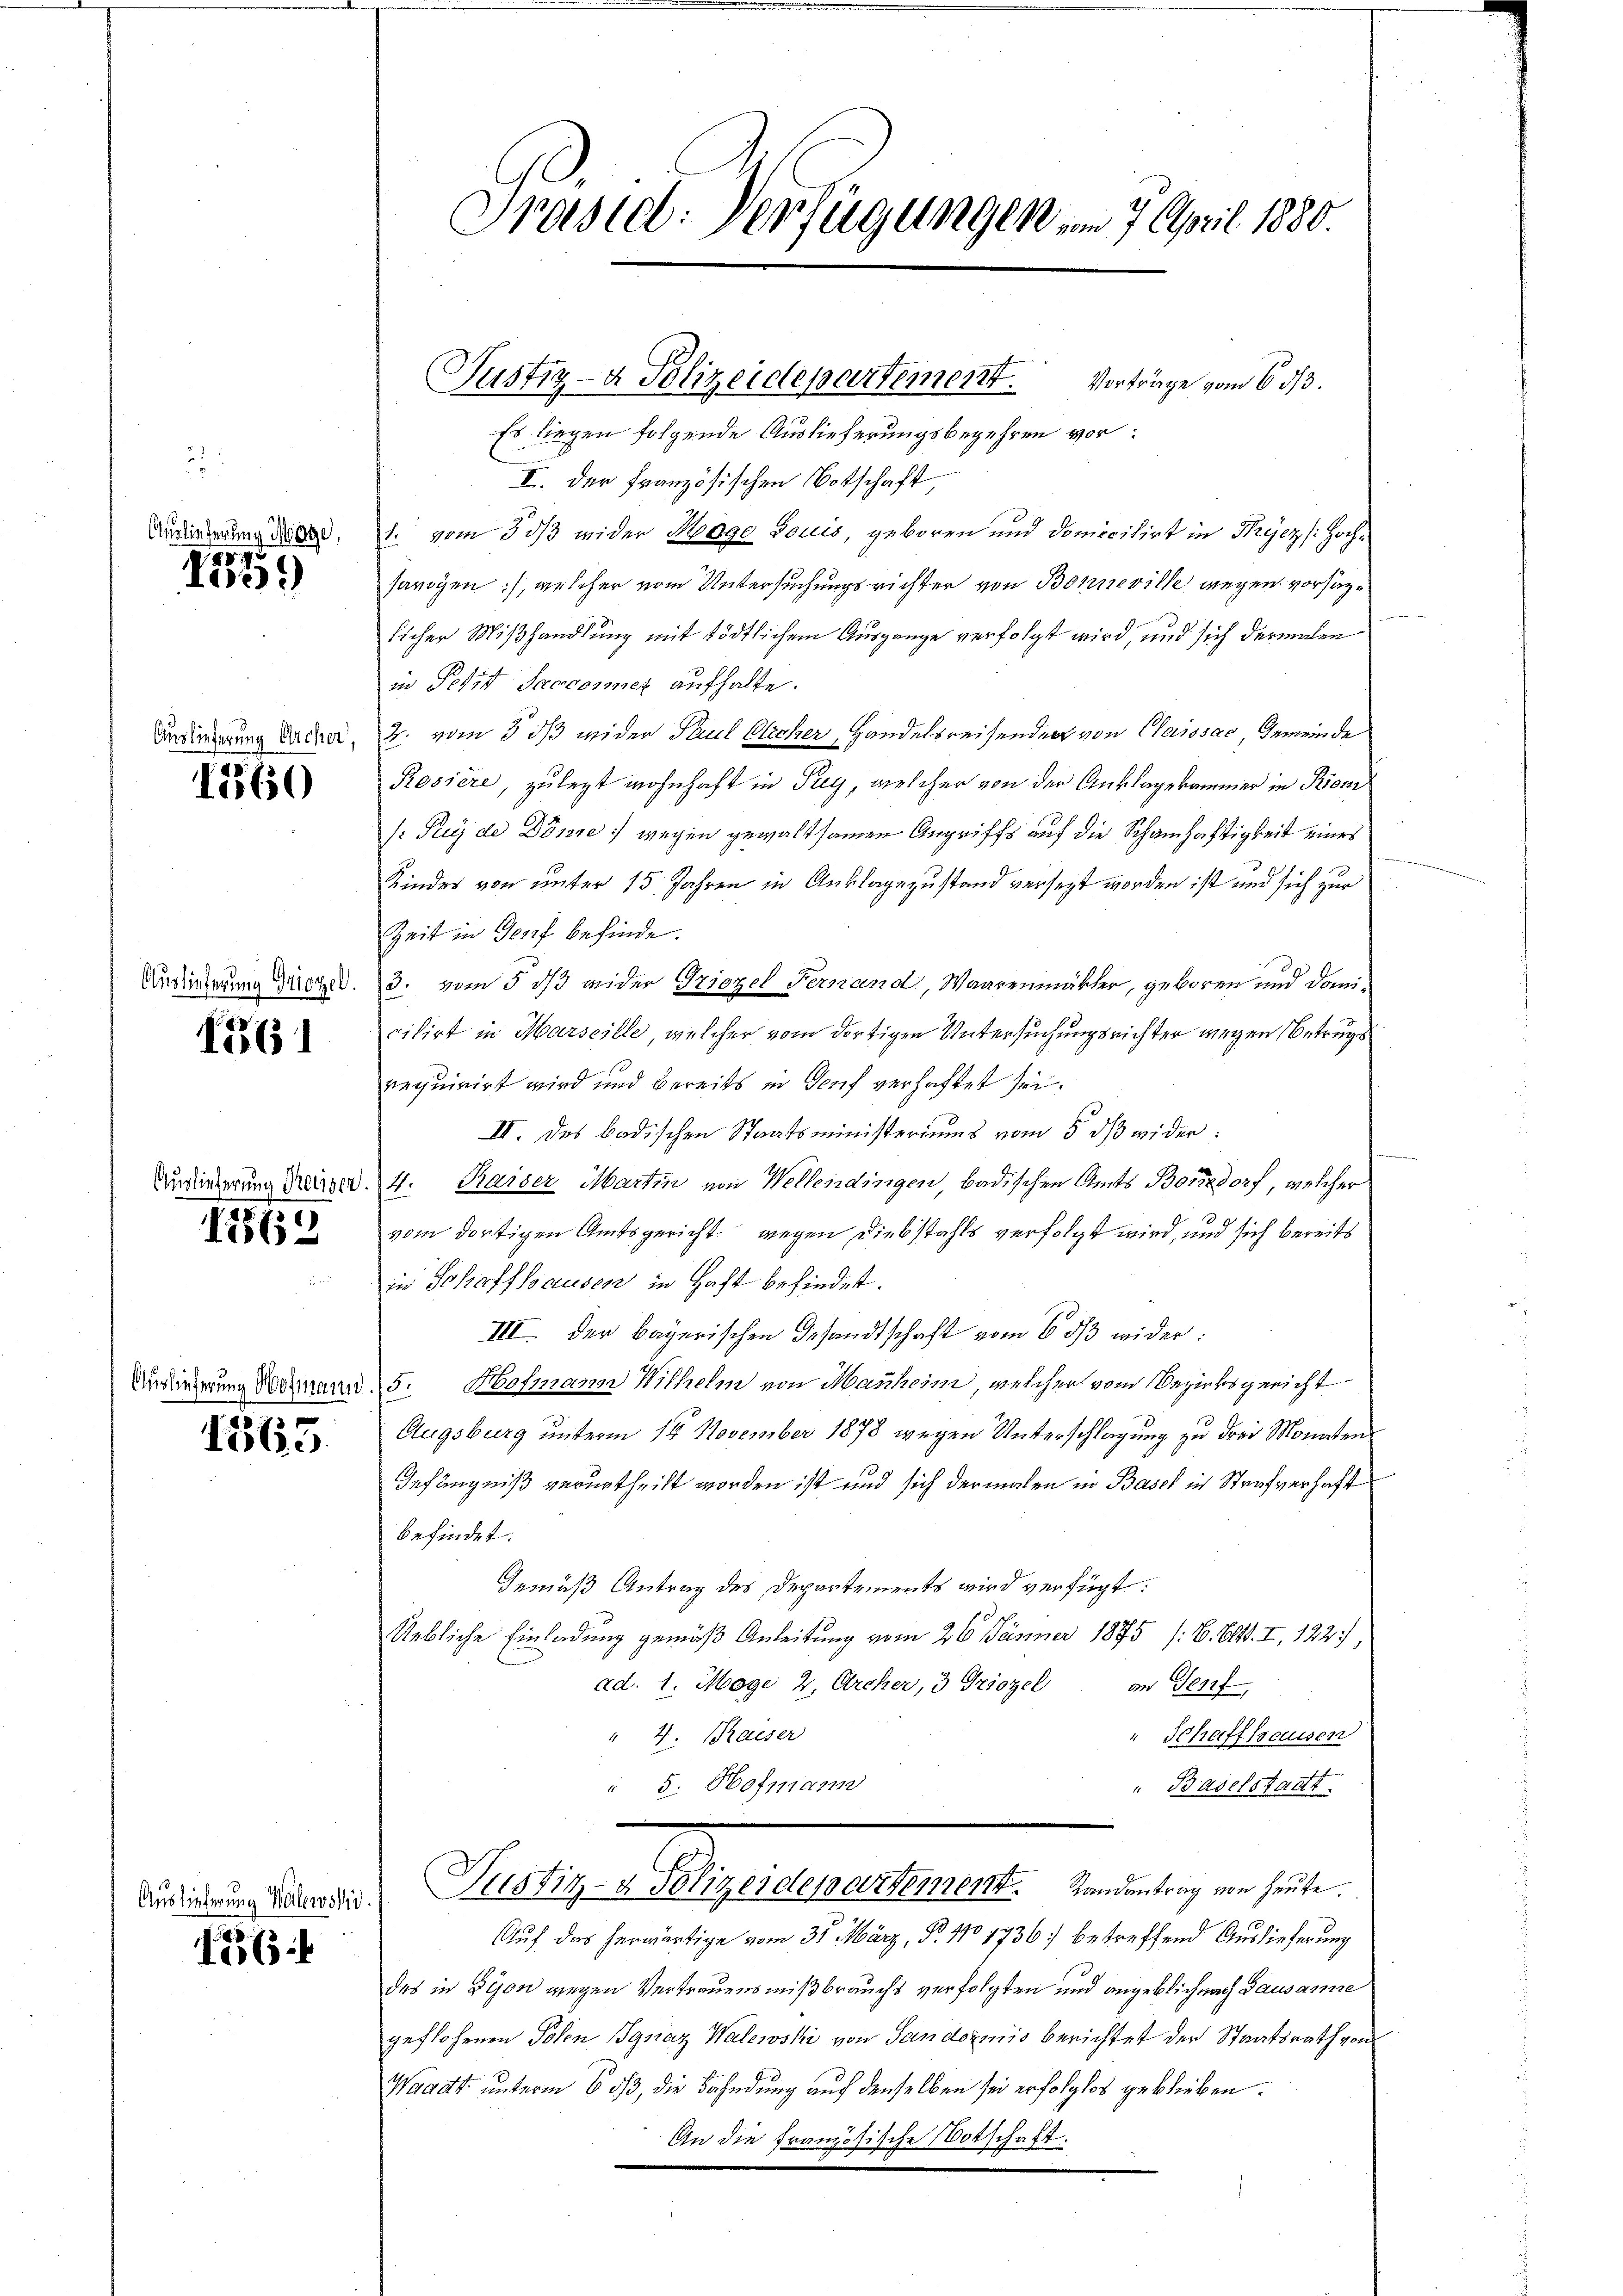
Auslieferung Mage

257
Dire

Auslieferung Orcher,

1360

Auslieferung Griozel.

1561

Auslieferung Kaiser.

1262

d

1865.

Auslieferung Walewski.
1261

Präsid. Verfügungen, im 7. April 180.

Es liegen folgende Auslieferungsbegehren vor:
I. der Französischen Botschaft
1. vom 30/3 wider Mage Douis, geboren und domicilirt in Theez /: Hochsanigen), welcher vom Untersuchungsrichter von Bonneville wegen vorsage
licher Mißhandlung mit tödtlichem Ausgange verfolgt wird, und sich dermalen
in Petit Josonner aufhalte.
2. vom 5 dß wider Paul Olicher, Handelsreisenden von Claissac, Gemeinde
Rosiere, zu legt wohnhaft in Frey, welcher von der Anklagekammer in Riem
Puy de Dönne; wegen gewaltsamen Angriffs auf die Schamhaftigkeit eines
Kinder von unter 15 Jahren in Anklagezustand versezt worden ist und sich zur
Zeit in Genf befinde.
3. vom 5. dß wider Griezel Fernand, Waarenmäkler, geboren und domicilirt in Marseille, welcher vom dortigen Untersuchungsrichter wegen Betrugs
requirirt wird und bereits in Genf verhaftet sei.
III. des badischen Staatsministeriums vom 5. dβ wider
4. Kaiser Martin von Wellendingen, badischen Amts Boredorf, welcher
vom dortigen Amtsgericht wegen Diebstahls verfolgt wird, und sich bereits
in Schaffhausen in Haft befindet.
III. Der bayerischen Gesandtschaft vom 6. dβ wider:
Audierung dermann, 5. Hofmann Wilhelm von Manheim, welcher vom Bezirksgericht
Augsburg unterm 14. November 1878 wegen Unterschlagung zu drei Monaten
Gefängniß verurtheilt worden ist und sich dermalen in Basel in Strafverhaft
befindet.
Gemäß Antrag des Departements wird verfügt:
Uebliche Einladung gemäß Anleitung vom 26. Jänner 1875 /: 6. Okt. I, 122,
ad. 1. Maye 2, Archer, 3 Triozel an Senf,
" 4. Kaiser
Schaffhausen
" 5. Hofmann
Baselstaat
Pergelegensteuert, den den se
Auf das herwärtige vom 31. März, P. 110 1736) betreffend Auslieferung
des in Bijon wegen Vertrauensmißbrauchs verfolgten und angeblich nach Pausanne
geflohenen Polen Ignaz Walewski von Sandernis berichtet der Staatsrath von
Waadt unterm 6. ds, die Bahndung auf denselben sei erfolglos geblieben.
An die Französische Botschaft.

Justiz- & Polizeidepartement. Vorträge vom 6 1/3.

u
e